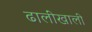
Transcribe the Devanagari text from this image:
ढालींखाली